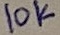
Text: 10K